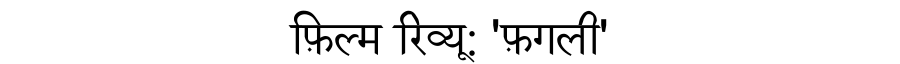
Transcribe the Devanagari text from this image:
फ़िल्म रिव्यू: 'फ़गली'